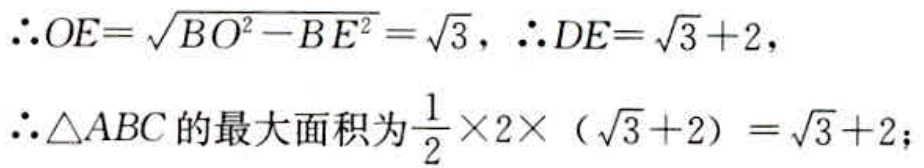
\(\therefore OE = \sqrt{BO^{2}-BE^{2}}=\sqrt{3},\ \therefore DE=\sqrt{3} + 2,\\
\therefore \triangle ABC\text{的最大面积为}\frac{1}{2}\times2\times(\sqrt{3}+2)=\sqrt{3}+2;\)